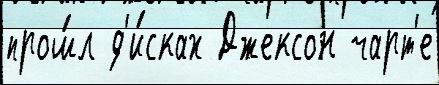
прош́л д'и́сках Джексон чарт'е